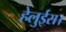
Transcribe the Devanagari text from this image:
हेलुईस।